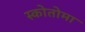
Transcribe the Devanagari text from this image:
स्कोतोमा